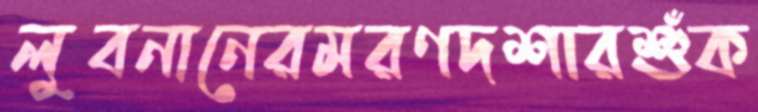
লুবনানেরমরণদশারশুঁক